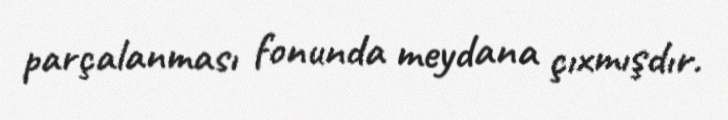
parçalanması fonunda meydana çıxmışdır.